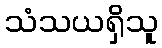
သံသယရှိသူ